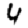
Digit: 4